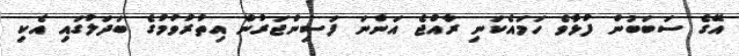
އޭގެ ސަބަބުން ފުޅާވެ ހަމައެކަނި ރާއްޖެ އަންނަ ފަސިންޖަރުން އިތުރުވުމުގެ ބަދަލުގައި އެކި